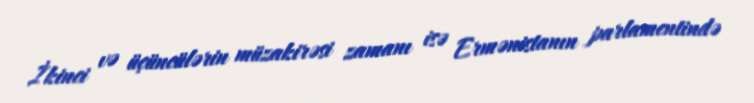
İkinci və üçüncülərin müzakirəsi zamanı isə Ermənistanın parlamentində